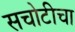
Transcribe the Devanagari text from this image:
सचोटीचा